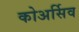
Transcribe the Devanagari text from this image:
कोअर्सिव